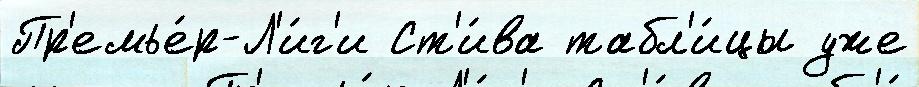
Пр'емье́р-Л'и́г'и Ст'и́ва табл'и́цы уже